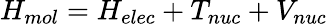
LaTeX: H_{mol}=H_{elec}+T_{nuc}+V_{nuc}